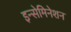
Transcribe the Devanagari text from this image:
इन्सेमिनेशन